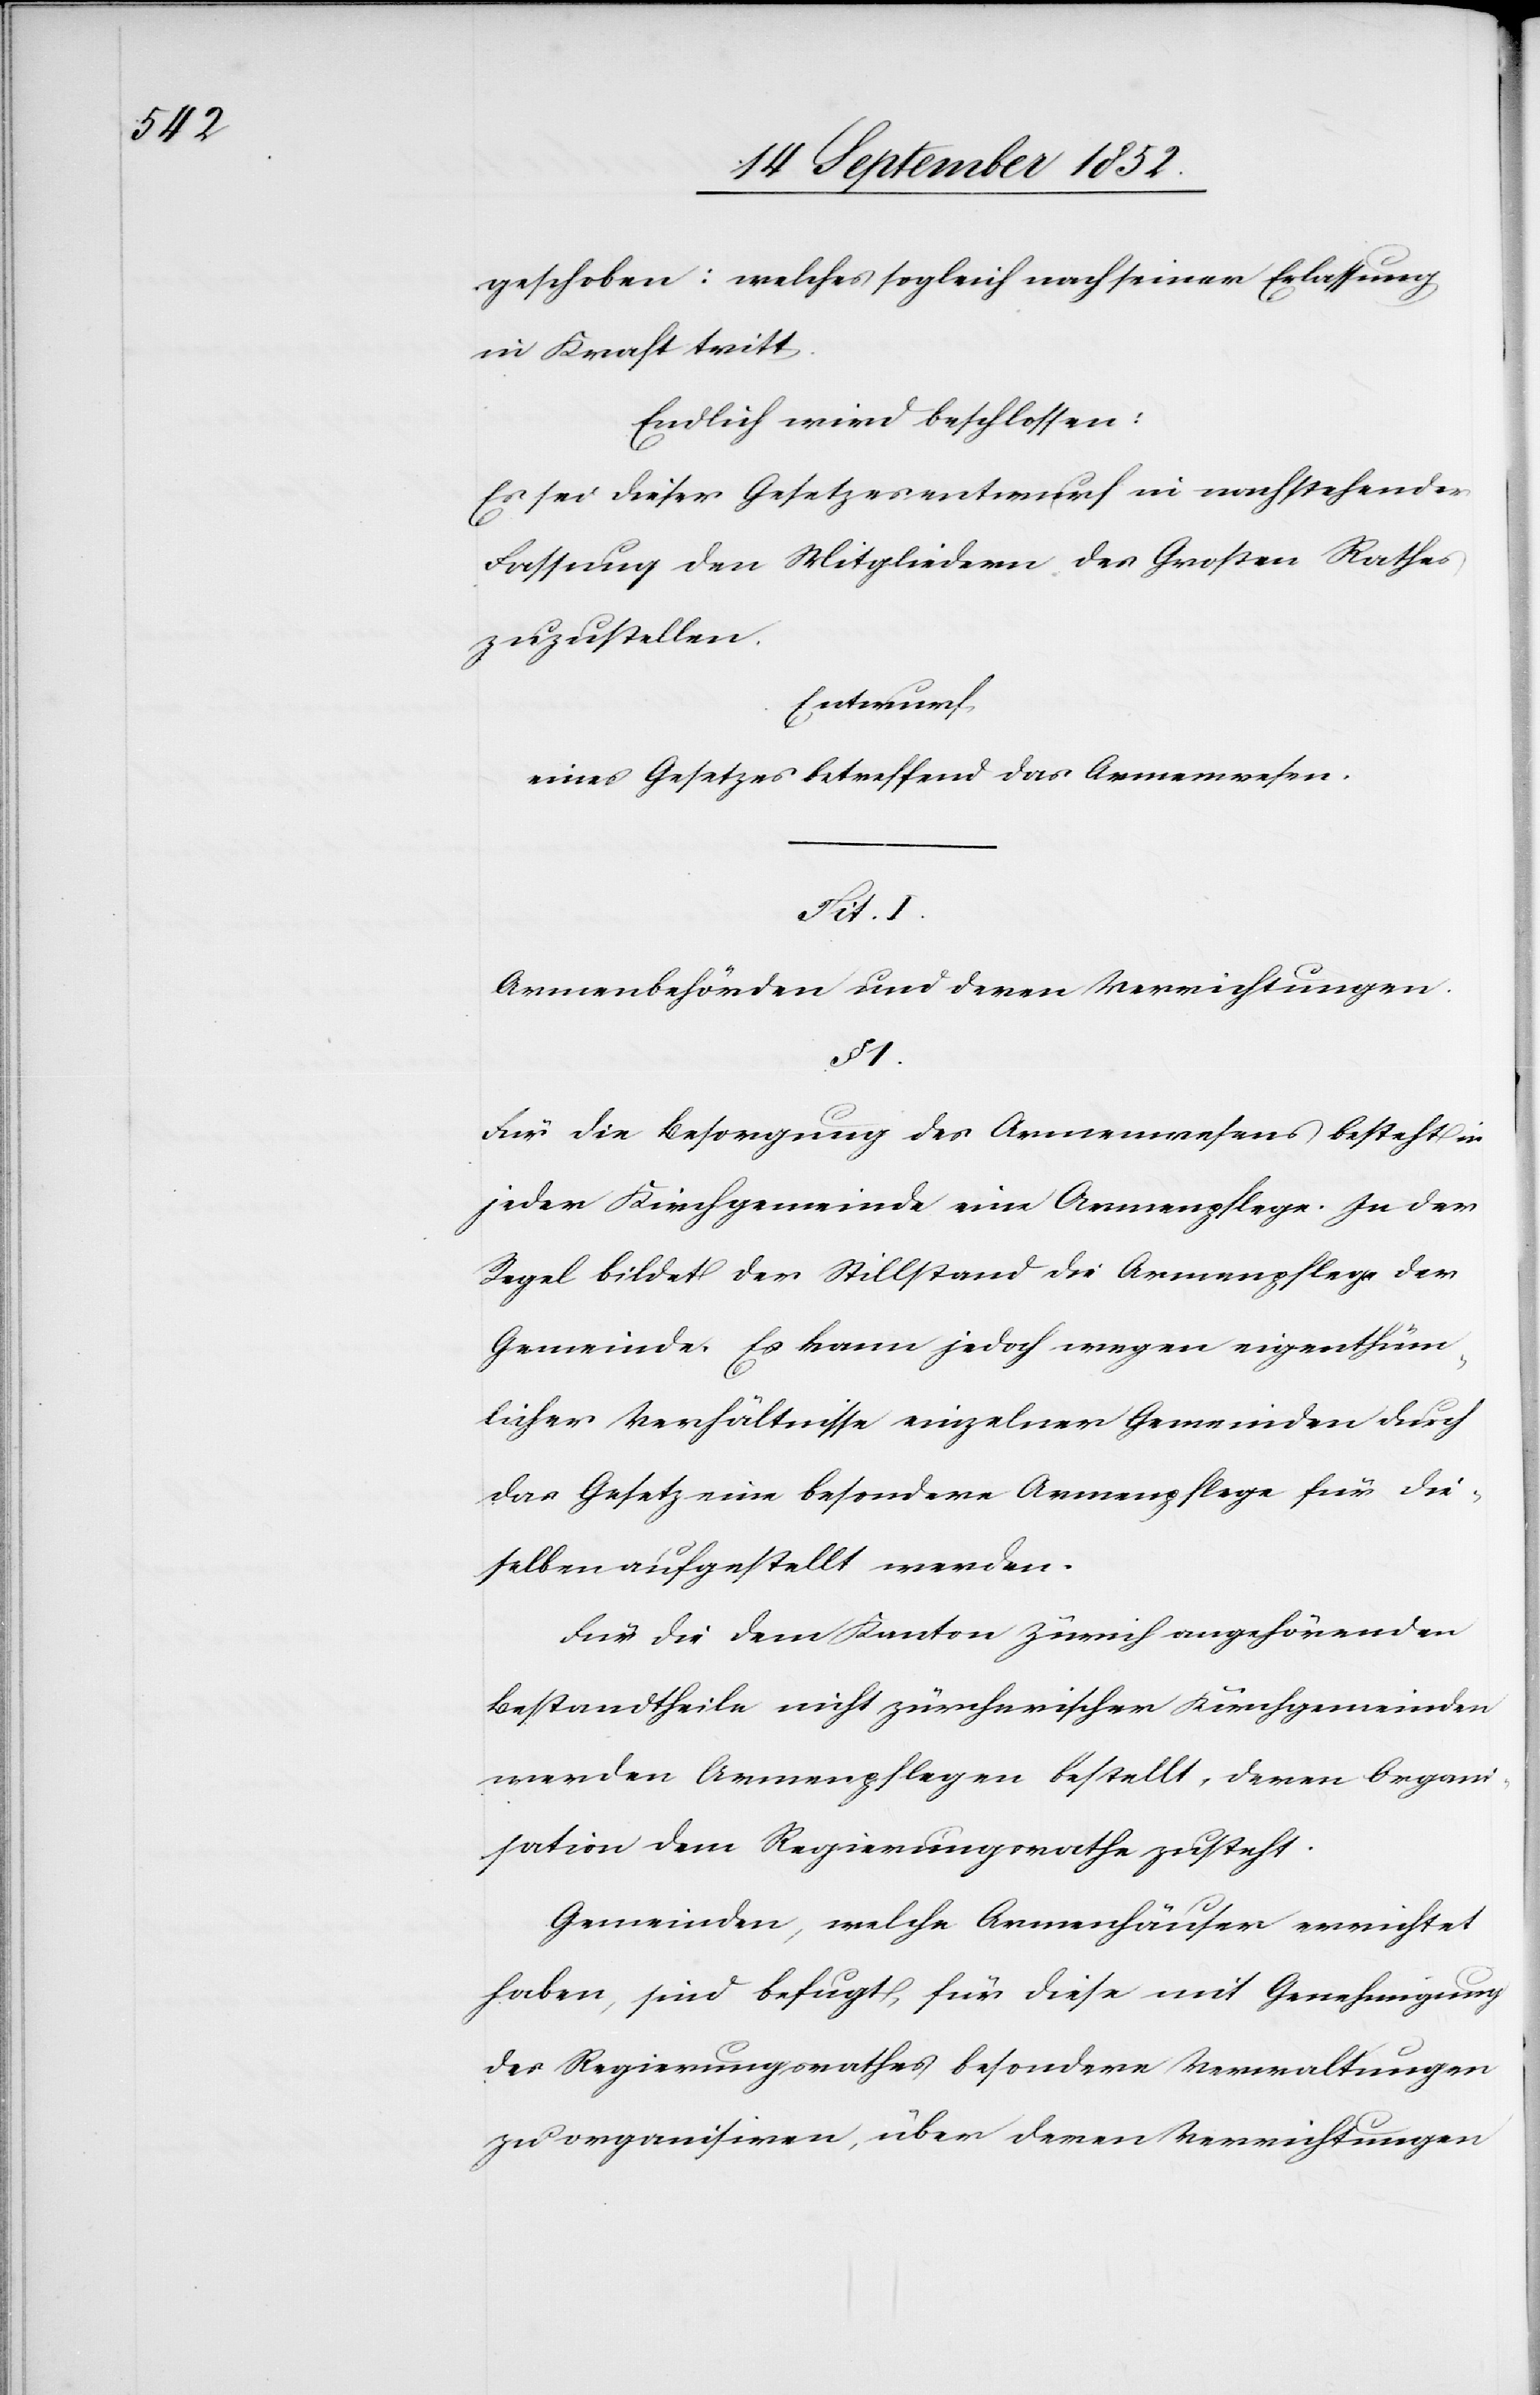
geschoben: welches sogleich nach seiner Erlassung
in Kraft tritt.
Endlich wird beschlossen:
Es sei dieser Gesetzesentwurf in nachstehender
Fassung den Mitgliedern des Großen Rathes
zuzustellen.
Entwurf
eines Gesetzes betreffend das Armenwesen.
Tit. I.
Armenbehörden und deren Verrichtungen.
§ 1.
Für die Besorgung des Armenwesens besteht in
jeder Kirchgemeinde eine Armenpflege. In der
Regel bildet der Stillstand die Armenpflege der
Gemeinde. Es kann jedoch wegen eigenthüm¬
licher Verhältnisse einzelner Gemeinden durch
das Gesetz eine besondere Armenpflege für die¬
selben aufgestellt werden.
Für die dem Kanton Zürich angehörenden
Bestandtheile nicht zürcherischer Kirchgemeinden
werden Armenpflegen bestellt, deren Organi¬
sation dem Regierungsrathe zusteht.
Gemeinden, welche Armenhäuser errichtet
haben, sind befugt, für diese mit Genehmigung
des Regierungsrathes besondere Verwaltungen
zu organisiren, über deren Verrichtungen